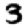
Digit: 3